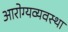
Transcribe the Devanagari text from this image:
आरोग्यव्यवस्था